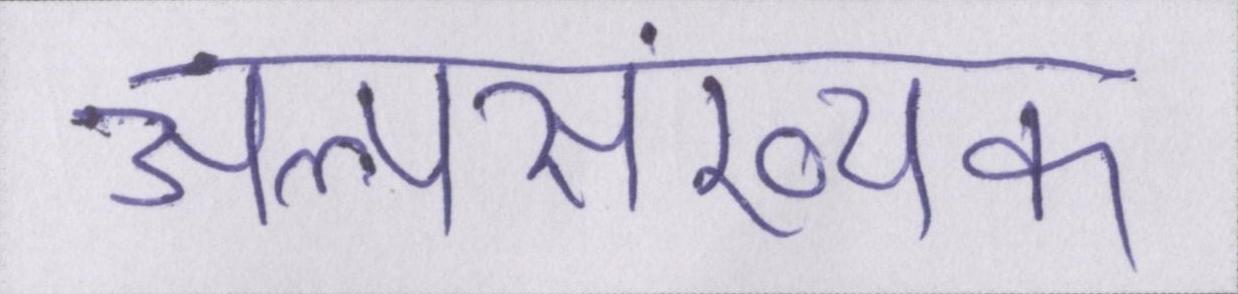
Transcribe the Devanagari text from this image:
अल्पसंख्यक